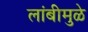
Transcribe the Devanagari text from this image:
लांबीमुळे